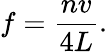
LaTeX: f={\frac{nv}{4L}}.